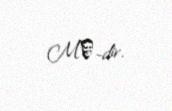
Mʘ-dir.